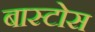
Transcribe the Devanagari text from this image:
बास्टोस